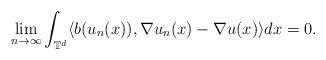
\begin{align*}\lim_{n\rightarrow\infty}\int_{\mathbb{T}^d} \langle b(u_n(x)), \nabla u_n(x) - \nabla u(x)\rangle dx = 0 .\end{align*}